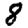
Digit: 8